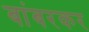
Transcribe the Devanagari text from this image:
बांबरकर